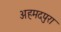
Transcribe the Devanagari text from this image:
अहमदपुरा